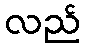
လည်